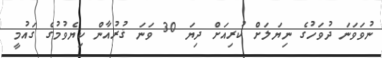
ނުވަވަނަ ދުވަހުގެ ނިޔަލަށް ކުރިއަށް ދިޔަ 30 ވަނަ ޤުރުއާން ކިޔެވުމުގެ ގައުމީ